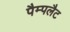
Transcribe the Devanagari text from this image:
पैम्पलैट